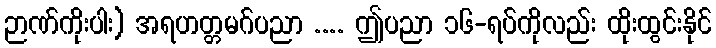
ဉာဏ်ကိုးပါး) အရဟတ္တမဂ်ပညာ .... ဤပညာ ၁၆-ရပ်ကိုလည်း ထိုးထွင်းနိုင်